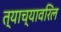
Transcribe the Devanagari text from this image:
त्याच्यावरिल